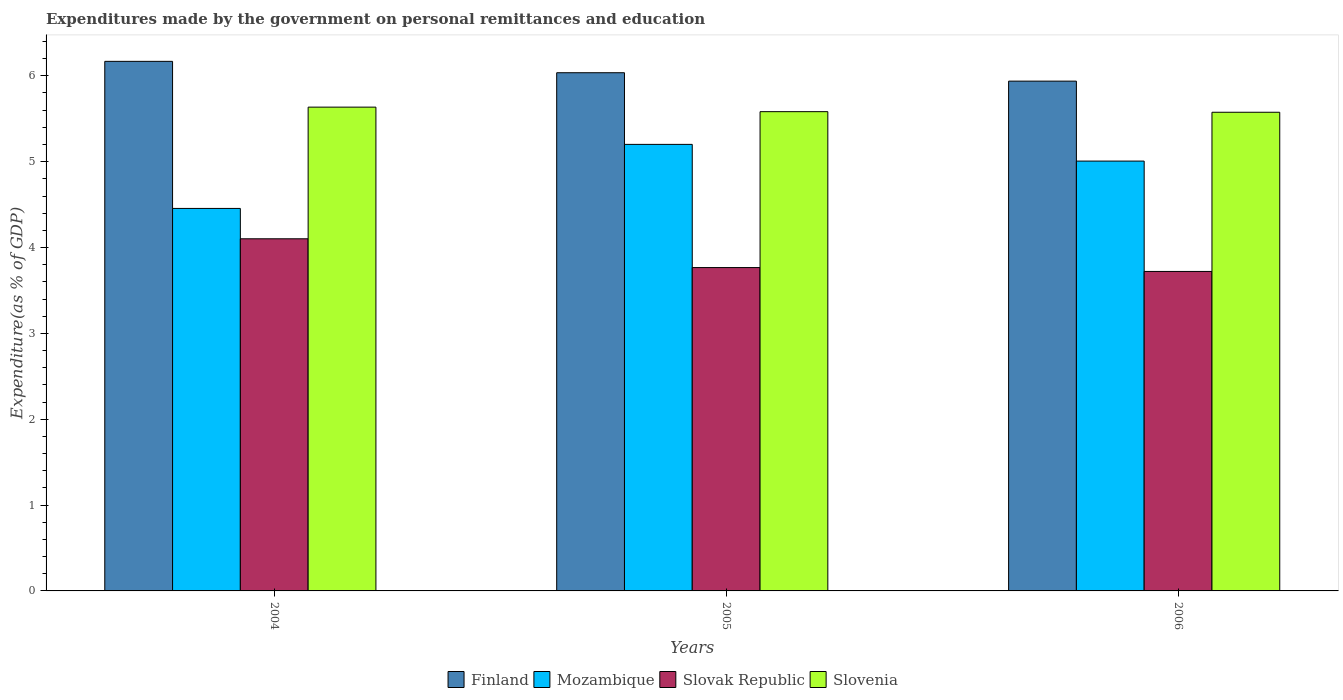
| Years | Finland | Mozambique | Slovak Republic | Slovenia |
 | --- | --- | --- | --- | --- |
 | 2004 | 6.17 | 4.46 | 4.1 | 5.64 |
 | 2005 | 6.04 | 5.2 | 3.77 | 5.58 |
 | 2006 | 5.94 | 5.01 | 3.72 | 5.58 |